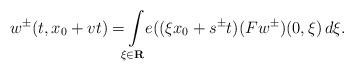
LaTeX: \begin{align*} w ^ \pm ( t , x _ 0 + v t ) = \! \! \int \limits _ { \xi \in \mathbf R } \! \! e ( ( \xi x _ 0 + s ^ \pm t ) ( F w ^ \pm ) ( 0 , \xi ) \, d \xi .\end{align*}